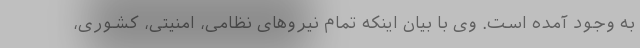
به وجود آمده است. وی با بیان اینکه تمام نیروهای نظامی، امنیتی، کشوری،